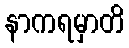
နာကရမှာတိ